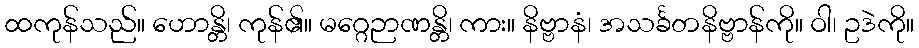
ထကုန်သည်။ ဟောန္တိ၊ ကုန်၏။ မဂ္ဂေဉာဏန္တိ၊ ကား။ နိဗ္ဗာနံ၊ အသင်္ခတနိဗ္ဗာန်ကို။ ဝါ၊ ဥဒဲကို။